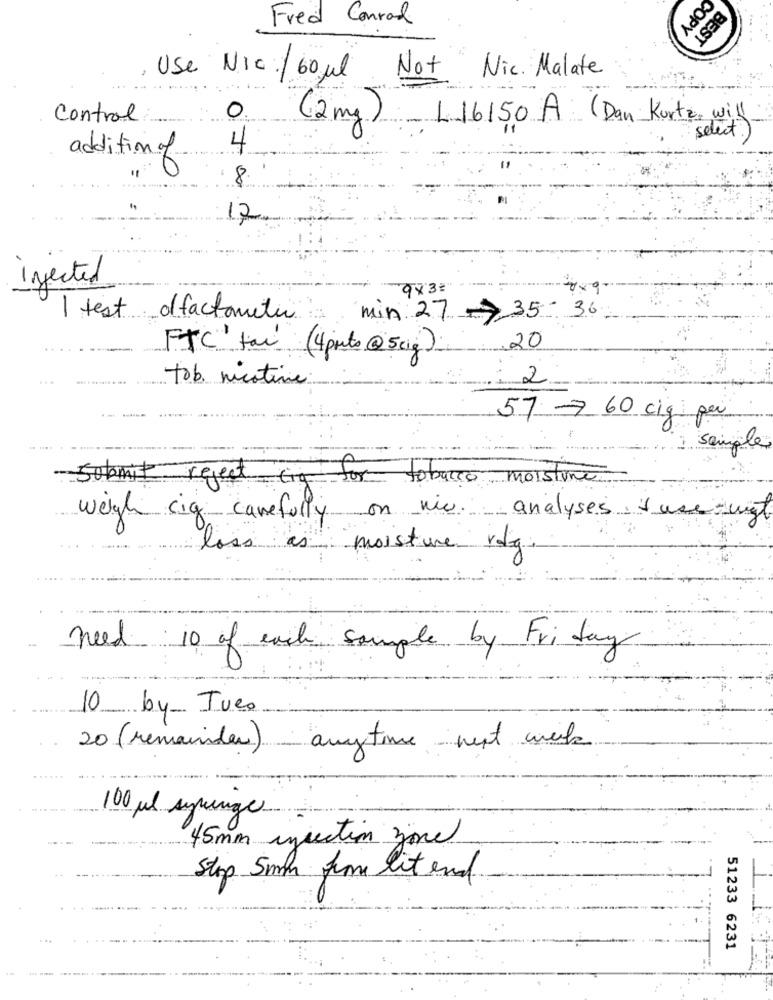
Fred Conrad
COPY
BEST
Not
, Use Nic:/ 60 ml
Nic. Malate
0
Control
(2 mg)
L 16150 A (Dan Kurtz, will
select.
4
addition of
8.
17
injected
9X 3 =
I test offactomite
min 27 - 35- 36
FTC fax (4puts @5kg)
20
...
tob. nicotine:
: 2
---
57 -7 60 ciq per
....
single
Submit reject cig for tobacco moistine.
weigh cig carefully
on nic. analyses + use
loss as moisture voly
need 10 of each sample by Friday
10 by Tues
20 (remainder) anytime next with
100 ml syringe
45mm injection joue
Stop 5mm fim lit end
51233 6231